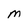
Character: M